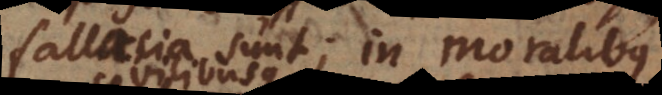
fallacia sunt; in moralibus